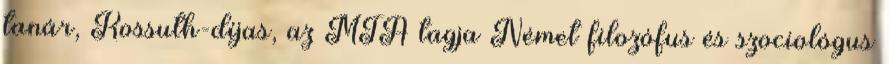
tanár, Kossuth-díjas, az MTA tagja Német filozófus és szociológus